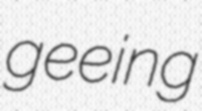
geeing